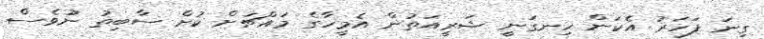
ގިނަ ފަހަރު އެކަން ހިނގަނީ ޝަރީއަތުން އެމީހާގެ މައްޗަށް ކުށް ސާބިތު ނުވެސް